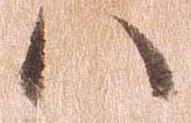
ハ